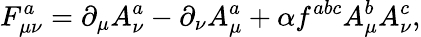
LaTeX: F_{\mu\nu}^{a}=\partial_{\mu}A_{\nu}^{a}-\partial_{\nu}A_{\mu}^{a}+\alpha f^{abc}A_{\mu}^{b}A_{\nu}^{c},